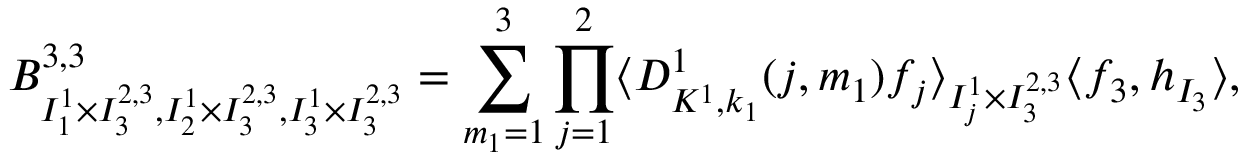
B _ { I _ { 1 } ^ { 1 } \times I _ { 3 } ^ { 2 , 3 } , I _ { 2 } ^ { 1 } \times I _ { 3 } ^ { 2 , 3 } , I _ { 3 } ^ { 1 } \times I _ { 3 } ^ { 2 , 3 } } ^ { 3 , 3 } = \sum _ { m _ { 1 } = 1 } ^ { 3 } \prod _ { j = 1 } ^ { 2 } \langle D _ { K ^ { 1 } , k _ { 1 } } ^ { 1 } ( j , m _ { 1 } ) f _ { j } \rangle _ { I _ { j } ^ { 1 } \times I _ { 3 } ^ { 2 , 3 } } \langle f _ { 3 } , h _ { I _ { 3 } } \rangle ,